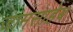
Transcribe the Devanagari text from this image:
जामसाहेब